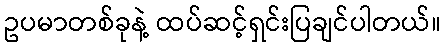
ဥပမာတစ်ခုနဲ့ ထပ်ဆင့်ရှင်းပြချင်ပါတယ်။